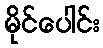
မိုင်ပေါင်း